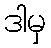
ဒါမှ